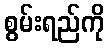
စွမ်းရည်ကို